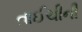
તાઈચીની